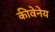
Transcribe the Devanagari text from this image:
कीवेनेय